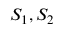
S _ { 1 } , S _ { 2 }